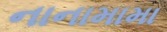
નાનામામા